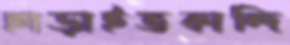
ছাড়াইতকান্দি